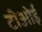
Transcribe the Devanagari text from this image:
टीओई